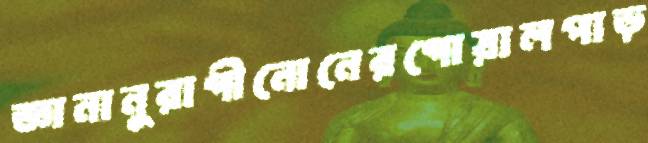
জ্ঞানানুরাগীনোনেরগোয়ালপাড়